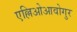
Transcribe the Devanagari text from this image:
एल्लिओआवोगुर